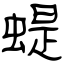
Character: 蝭